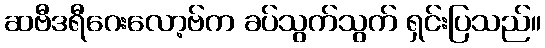
ဆဗီဒရီဂေးလော့ဗ်က ခပ်သွက်သွက် ရှင်းပြသည်။